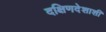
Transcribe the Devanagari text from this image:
दक्षिणदेशाशी